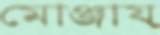
মোঞ্জায়